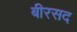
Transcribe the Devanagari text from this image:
बीरसद